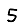
Digit: 5